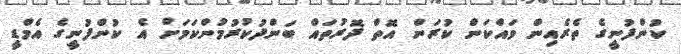
ކުންފުނީގެ ތެރެއިން ވައްކަން ކުރަން އޮތް ދޮރުތައް ބަންދުކުރުމުންކަމަށް އެ ކުންފުނީގެ އެމްޑީ